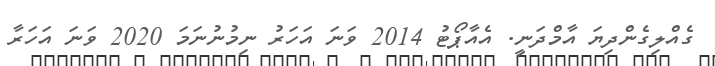
ގެއްލިގެންދިޔަ އާމްދަނީ. އެއާޕޯޓު 2014 ވަނަ އަހަރު ނިމުނުނަމަ 2020 ވަނަ އަހަރާ